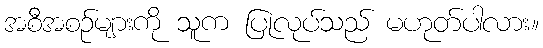
အစီအစဉ်များကို သူက ပြုလုပ်သည် မဟုတ်ပါလား။